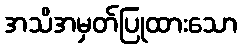
အသိအမှတ်ပြုထားသော